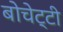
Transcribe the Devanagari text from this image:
बोचेट्टी